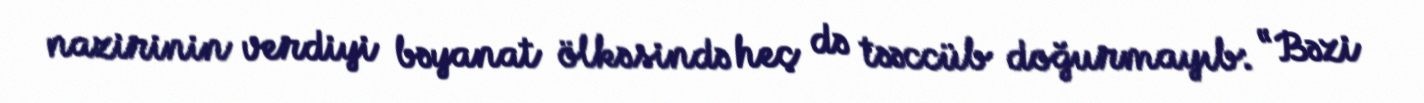
nazirinin verdiyi bəyanat ölkəsində heç də təəccüb doğurmayıb: “Bəzi